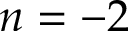
n = - 2